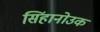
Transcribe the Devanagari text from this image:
सिंहानोउक